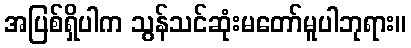
အပြစ်ရှိပါက သွန်သင်ဆုံးမတော်မူပါဘုရား။